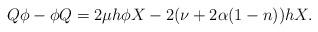
LaTeX: \begin{align*}Q\phi -\phi Q=2\mu h\phi X-2(\nu +2\alpha (1-n))hX. \end{align*}